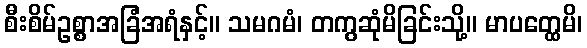
စီးစိမ်ဥစ္စာအခြံအရံနှင့်။ သမဂမံ၊ တကွဆုံမိခြင်းသို့။ မာပတ္ထေမိ၊